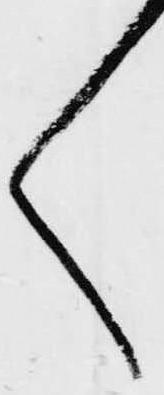
く